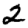
Digit: 2